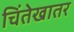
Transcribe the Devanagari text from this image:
चिंतेखातर